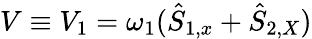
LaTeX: V\equiv V_{1}=\omega_{1}(\hat{S}_{1,x}+\hat{S}_{2,X})